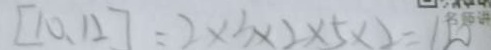
[ 1 0 , 1 2 ] = 2 \times 3 \times 2 \times 5 \times 2 = 1 2 0